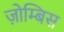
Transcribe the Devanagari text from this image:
ज़ोम्बिस